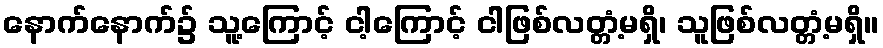
နောက်နောက်၌ သူ့ကြောင့် ငါ့ကြောင့် ငါဖြစ်လတ္တံ့မရှိ၊ သူဖြစ်လတ္တံ့မရှိ။